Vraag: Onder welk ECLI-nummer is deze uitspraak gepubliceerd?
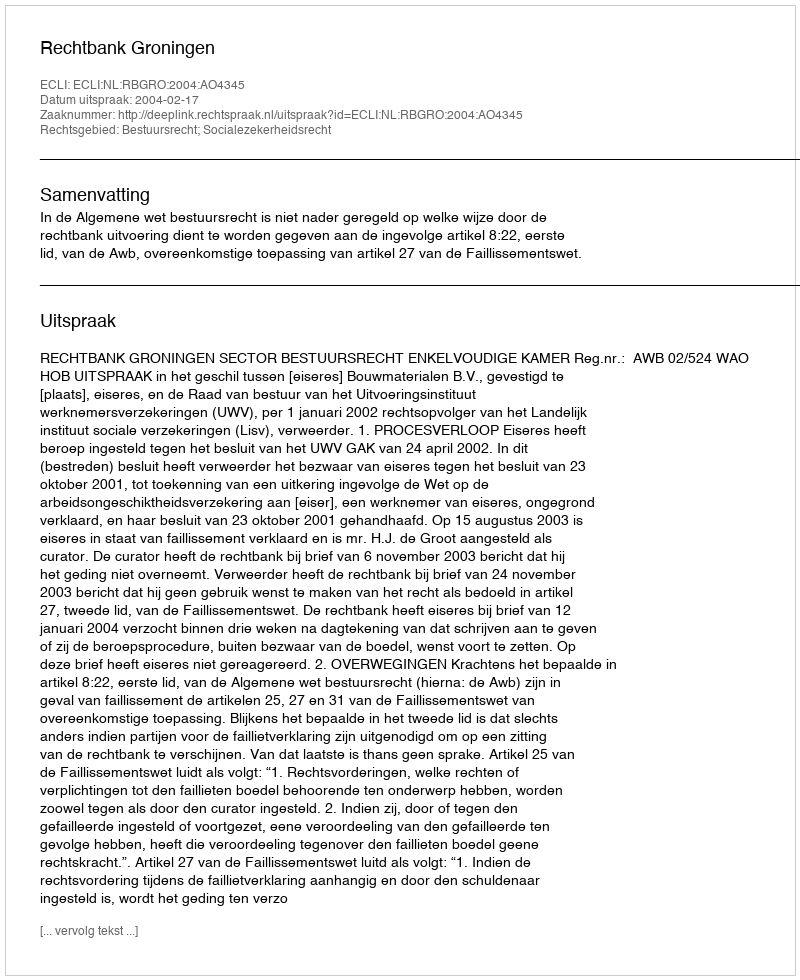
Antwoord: ECLI:NL:RBGRO:2004:AO4345